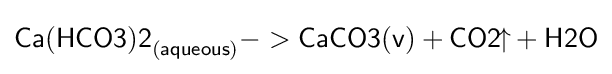
{\mathsf {{Ca(HCO3)2}_{(aqueous)}->{CaCO3(v)}+{CO2}\!{\uparrow }+H2O}}